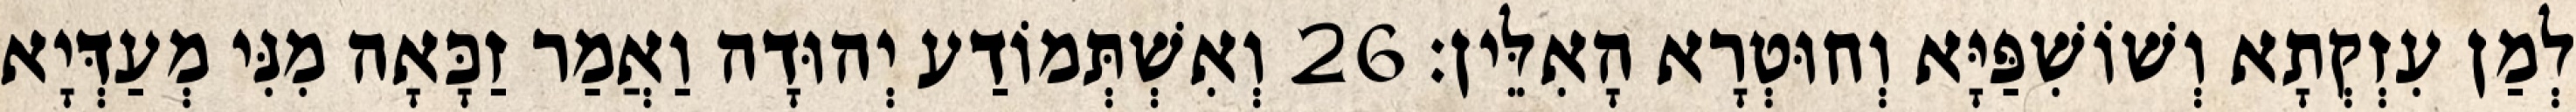
לְמַן עִזְקְתָא וְשׁוֹשִׁפַּיָּא וְחוּטְרָא הָאִלֵּין׃ 26 וְאִשְׁתְּמוֹדַע יְהוּדָה וַאֲמַר זַכָּאָה מִנִּי מְעַדְּיָא